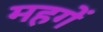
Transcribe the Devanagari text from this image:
महगें